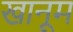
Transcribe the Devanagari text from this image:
खानूम